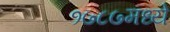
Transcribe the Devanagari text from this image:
१७८७मध्ये